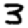
Digit: 3